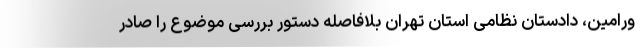
ورامین، دادستان نظامی استان تهران بلافاصله دستور بررسی موضوع را صادر